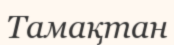
Тамақтан